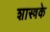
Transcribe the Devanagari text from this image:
शास्त्रके